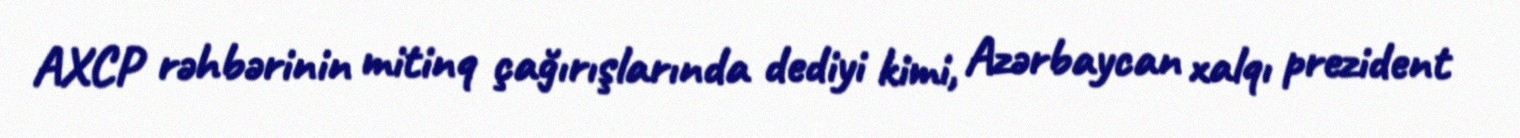
AXCP rəhbərinin mitinq çağırışlarında dediyi kimi, Azərbaycan xalqı prezident